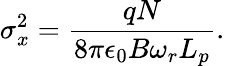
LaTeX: \sigma_{x}^{2}=\frac{qN}{8\pi\epsilon_{0}B\omega_{r}L_{p}}.